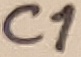
Text: C1